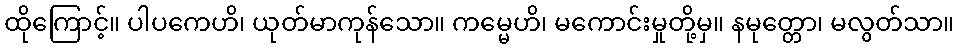
ထိုကြောင့်။ ပါပကေဟိ၊ ယုတ်မာကုန်သော။ ကမ္မေဟိ၊ မကောင်းမှုတို့မှ။ နမုတ္တော၊ မလွတ်သာ။